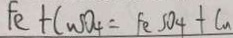
F e + C u S O _ { 4 } = F e S O _ { 4 } + C a